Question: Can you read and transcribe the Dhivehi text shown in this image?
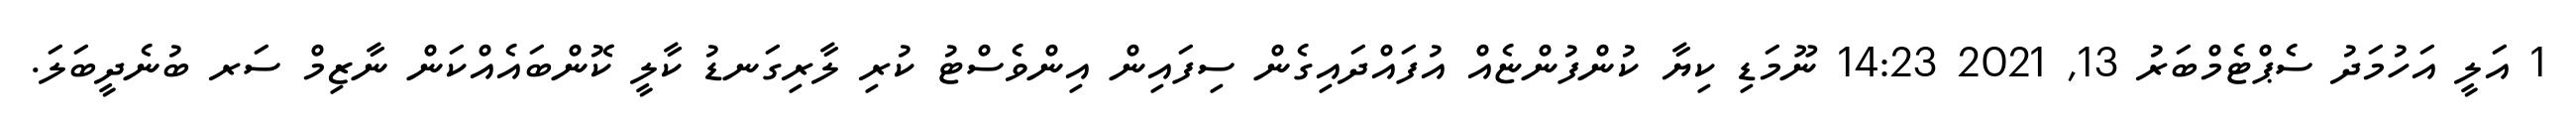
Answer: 1 އަލީ އަހުމަދު ސެޕްޓެމްބަރު 13, 2021 14:23 ނޫމަޑި ކިޔާ ކުންފުންޏެއް އުފައްދައިގެން ސިފައިން އިންވެސްޓު ކުރި ލާރިގަނޑު ކާލީ ކޮންބައެއްކަން ނާޒިމް ސަރ ބުނެދީބަލަ.